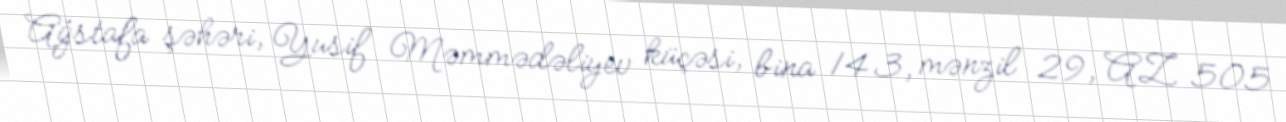
Ağstafa şəhəri, Yusif Məmmədəliyev küçəsi, bina 143, mənzil 29, AZ 505